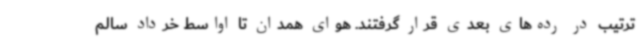
ترتیب در رده‌های بعدی قرار گرفتند. هوای همدان تا اواسط خرداد سالم